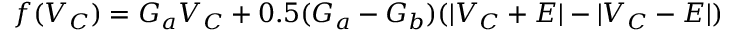
f ( V _ { C } ) = G _ { a } V _ { C } + 0 . 5 ( G _ { a } - G _ { b } ) ( | V _ { C } + E | - | V _ { C } - E | )